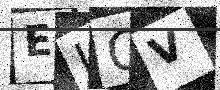
Text: EICV